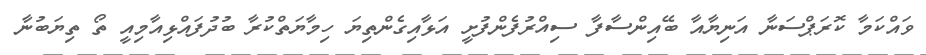
ވައްކަމާ ކޮރަޕްސަނާ އަނިޔާއާ ބޭއިންސާފާ ސިއްރުފެންފުށީ އަޅާއިގެންތިޔަ ހިމާޔަތްކުރާ ބުދުފައްޅިއާމިއީ ތޯ ތިޔަބުނާ